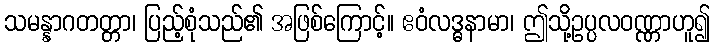
သမန္နာဂတတ္တာ၊ ပြည့်စုံသည်၏ အဖြစ်ကြောင့်။ ဧဝံလဒ္ဓနာမာ၊ ဤသို့ဥပ္ပလဝဏ္ဏာဟူ၍